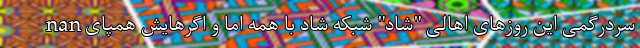
nan سردرگمی این روزهای اهالی "شاد" شبکه شاد با همه اما و اگرهایش همپای